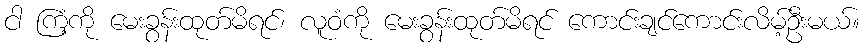
ငါ ကြံ့ကို မေးခွန်းထုတ်မိရင်၊ လူဝံကို မေးခွန်းထုတ်မိရင် ကောင်းချင်ကောင်းလိမ့်ဦးမယ်။